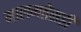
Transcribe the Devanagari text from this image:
मालमत्तेसही